Vaccine operations Central Provinces & Berar 1912-1920 - 1912-1920
Year: 1912
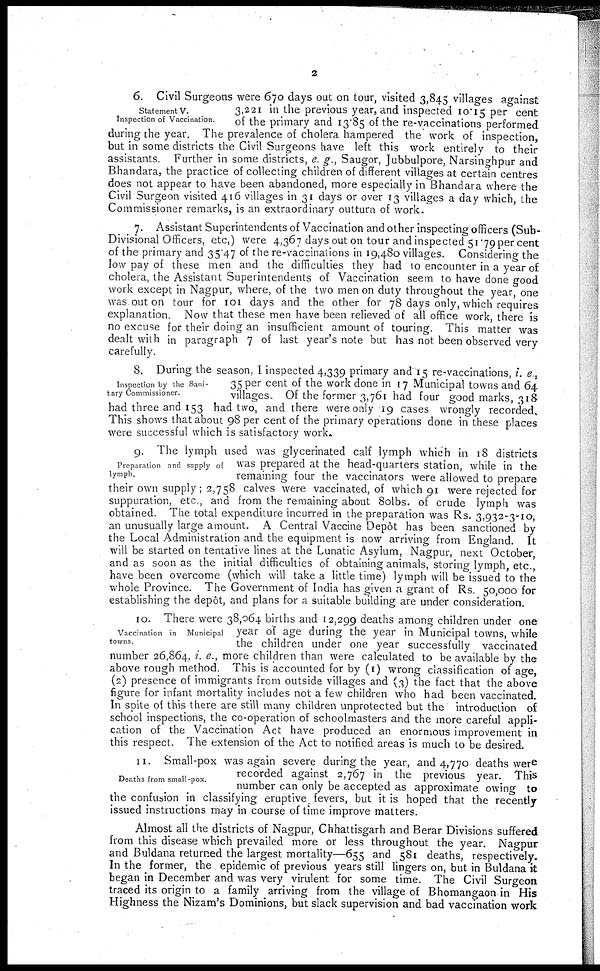
2
Statement V.
Inspection of Vaccination.
6. Civil Surgeons were 670 days out on tour, visited 3,845 villages against
3,221 in the previous year, and inspected 10.15 per cent
of the primary and 13.85 of the re-vaccinations performed
during the year. The prevalence of cholera hampered the work of inspection,
but in some districts the Civil Surgeons have left this work entirely to their
assistants. Further in some districts, e. g., Saugor, Jubbulpore, Narsinghpur and
Bhandara, the practice of collecting children of different villages at certain centres
does not appear to have been abandoned, more especially in Bhandara where the
Civil Surgeon visited 416 villages in 31 days or over 13 villages a day which, the
Commissioner remarks, is an extraordinary outturn of work.
7. Assistant Superintendents of Vaccination and other inspecting officers (Sub-
Divisional Officers, etc,) were 4,367 days out on tour and inspected 51.79 per cent
of the primary and 35.47 of the re-vaccinations in 19,480 villages. Considering the
low pay of these men and the difficulties they had to encounter in a year of
cholera, the Assistant Superintendents of Vaccination seem to have done good
work except in Nagpur, where, of the two men on duty throughout the year, one
was out on tour for 101 days and the other for 78 days only, which requires
explanation. Now that these men have been relieved of all office work, there is
no excuse for their doing an insufficient amount of touring. This matter was
dealt with in paragraph 7 of last year's note but has not been observed very
carefully.
Inspection by the Sani-
tary Commissioner.
8. During the season, I inspected 4,339 primary and 15 re-vaccinations, i. e.,
35 per cent of the work done in 17 Municipal towns and 64
villages Of the former 3,761 had four good marks, 318
had three and 153 had two, and there were only 19 cases wrongly recorded.
This shows that about 98 per cent of the primary operations done in these places
were successful which is satisfactory work.
Preparation and supply of
lymph
9. The lymph used was glycerinated calf lymph which in 18 districts
was prepared at the head-quarters station, while in the
remaining four the vaccinators were allowed to prepare
their own supply; 2,758 calves were vaccinated, of which 91 were rejected for
suppuration, etc., and from the remaining about 8olbs. of crude lymph was
obtained. The total expenditure incurred in the preparation was Rs. 3,932-3-10,
an unusually large amount. A Central Vaccine Depôt has been sanctioned by
the Local Administration and the equipment is now arriving from England. It
will be started on tentative lines at the Lunatic Asylum, Nagpur, next October,
and as soon as the initial difficulties of obtaining animals, storing lymph, etc.,
have been overcome (which will take a little time) lymph will be issued to the
whole Province. The Government of India has given a grant of Rs. 50,000 for
establishing the depôt, and plans for a suitable building are under consideration.
Vaccination in Municipal
towns.
10. There were 38,064 births and 12,299 deaths among children under one
year of age during the year in Municipal towns, while
the children under one year successfully vaccinated
number 26,864, i. e., more children than were calculated to be available by the
above rough method. This is accounted for by (1) wrong classification of age,
(2) presence of immigrants from outside villages and (3) the fact that the above
figure for infant mortality includes not a few children who had been vaccinated.
In spite of this there are still many children unprotected but the introduction of
school inspections, the co-operation of schoolmasters and the more careful appli-
cation of the Vaccination Act have produced an enormous improvement in
this respect. The extension of the Act to notified areas is much to be desired.
Deaths from small-pox.
11. Small-pox was again severe during the year, and 4,770 deaths were
recorded against 2,767 in the previous year. This
number can only be accepted as approximate owing to
the confusion in classifying eruptive fevers, but it is hoped that the recently
issued instructions may in course of time improve matters.
Almost all the districts of Nagpur, Chhattisgarh and Berar Divisions suffered
from this disease which prevailed more or less throughout the year. Nagpur
and Buldana returned the largest mortality—655 and 581 deaths, respectively.
In the former, the epidemic of previous years still lingers on, but in Buldana it
began in December and was very virulent for some time. The Civil Surgeon
traced its origin to a family arriving from the village of Bhomangaon in His
Highness the Nizam's Dominions, but slack supervision and bad vaccination work